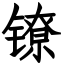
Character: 镣